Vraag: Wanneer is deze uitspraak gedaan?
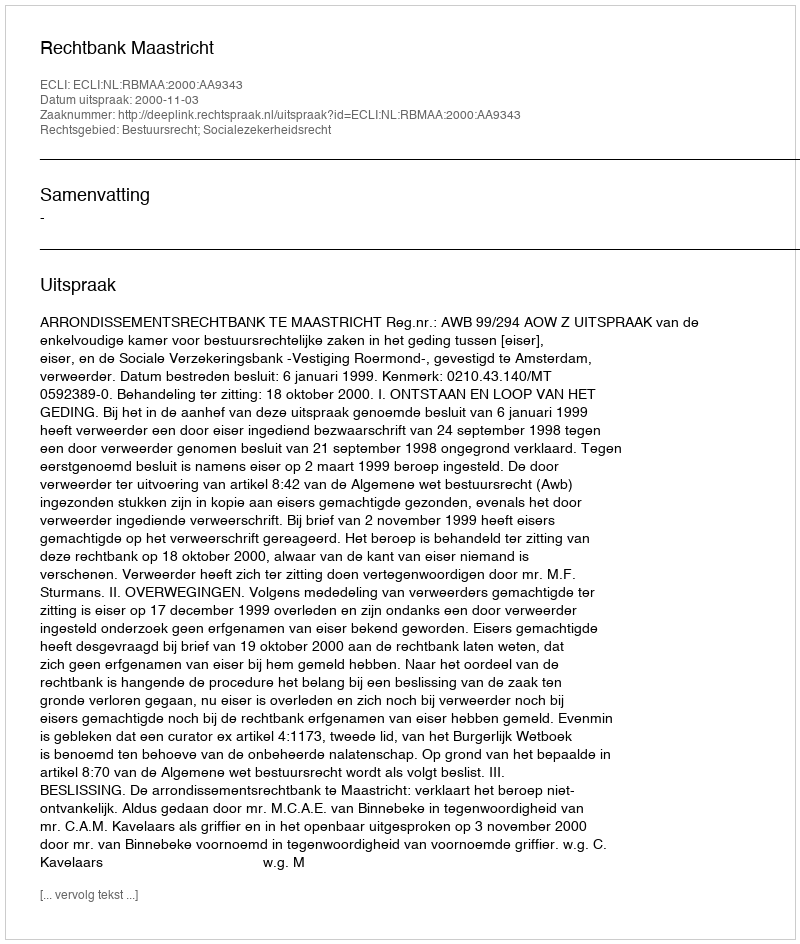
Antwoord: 2000-11-03